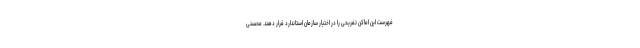
فهرست این اماکن تفریحی را در اختیار سازمان استاندارد قرار دهند. محسنی